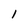
Character: l